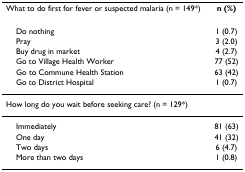
<table><thead><tr><td><b>What to do first for fever or suspected malaria (n = 149*)</b></td><td><b>n (%)</b></td></tr></thead><tbody><tr><td> Do nothing</td><td>1 (0.7)</td></tr><tr><td> Pray</td><td>3 (2.0)</td></tr><tr><td> Buy drug in market</td><td>4 (2.7)</td></tr><tr><td> Go to Village Health Worker</td><td>77 (52)</td></tr><tr><td> Go to Commune Health Station</td><td>63 (42)</td></tr><tr><td> Go to District Hospital</td><td>1 (0.7)</td></tr><tr><td>How long do you wait before seeking care? (n = 129*)</td><td></td></tr><tr><td> Immediately</td><td>81 (63)</td></tr><tr><td> One day</td><td>41 (32)</td></tr><tr><td> Two days</td><td>6 (4.7)</td></tr><tr><td> More than two days</td><td>1 (0.8)</td></tr></tbody></table>